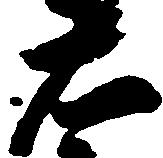
右